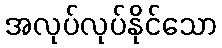
အလုပ်လုပ်နိုင်သော